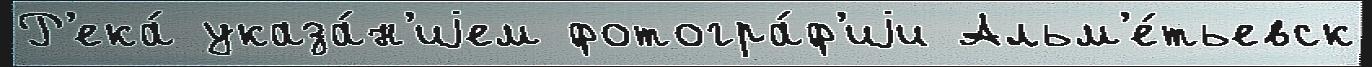
Р'ека́ указа́н'иjем фотогра́ф'иjи Альм'е́тьевск